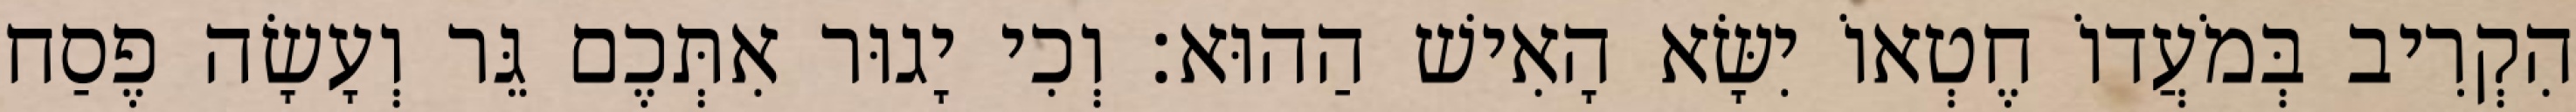
הִקְרִיב בְּמֹעֲדוֹ חֶטְאוֹ יִשָּׂא הָאִישׁ הַהוּא׃ וְכִי יָגוּר אִתְּכֶם גֵּר וְעָשָׂה פֶסַח